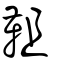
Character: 靻